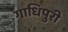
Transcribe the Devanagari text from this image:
गाधिपुरी